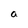
Character: a